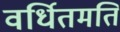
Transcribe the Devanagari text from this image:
वर्धितमति